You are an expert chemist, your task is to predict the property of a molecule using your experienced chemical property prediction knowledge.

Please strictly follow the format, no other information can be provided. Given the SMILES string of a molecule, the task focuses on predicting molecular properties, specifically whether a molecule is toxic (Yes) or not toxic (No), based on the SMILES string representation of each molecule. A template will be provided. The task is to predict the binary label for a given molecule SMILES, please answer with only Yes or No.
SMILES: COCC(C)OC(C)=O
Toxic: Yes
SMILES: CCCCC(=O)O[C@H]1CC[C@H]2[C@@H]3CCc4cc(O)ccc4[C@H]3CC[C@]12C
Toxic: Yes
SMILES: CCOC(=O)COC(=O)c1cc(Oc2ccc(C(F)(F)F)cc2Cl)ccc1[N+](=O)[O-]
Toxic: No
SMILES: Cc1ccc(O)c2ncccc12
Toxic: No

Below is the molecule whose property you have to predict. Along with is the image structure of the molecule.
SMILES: CCCC[n+]1ccccc1C
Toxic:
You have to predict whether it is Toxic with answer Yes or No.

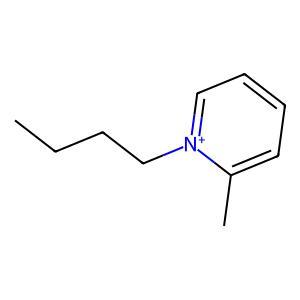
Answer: No